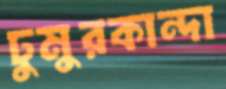
ঢুমুরকান্দা